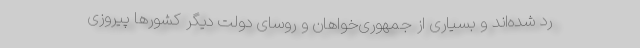
رد شده‌اند و بسیاری از جمهوری‌خواهان و روسای دولت دیگر کشورها پیروزی